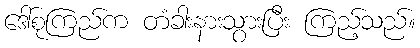
ဒေါ်စုကြည်က တံခါးနားသွားပြီး ကြည့်သည်။